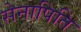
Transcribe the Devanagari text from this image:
सेनापिति